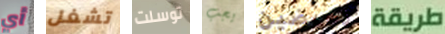
أي تشغل توسلت يجب تعرضين طريقة